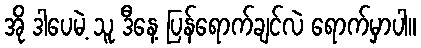
အို ဒါပေမဲ့ သူ ဒီနေ့ ပြန်ရောက်ချင်လဲ ရောက်မှာပါ။